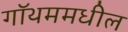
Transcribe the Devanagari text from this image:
गॉथममधील